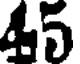
45